Vaccination in the Punjab 1905-1918 - 1905-1918
Year: 1905
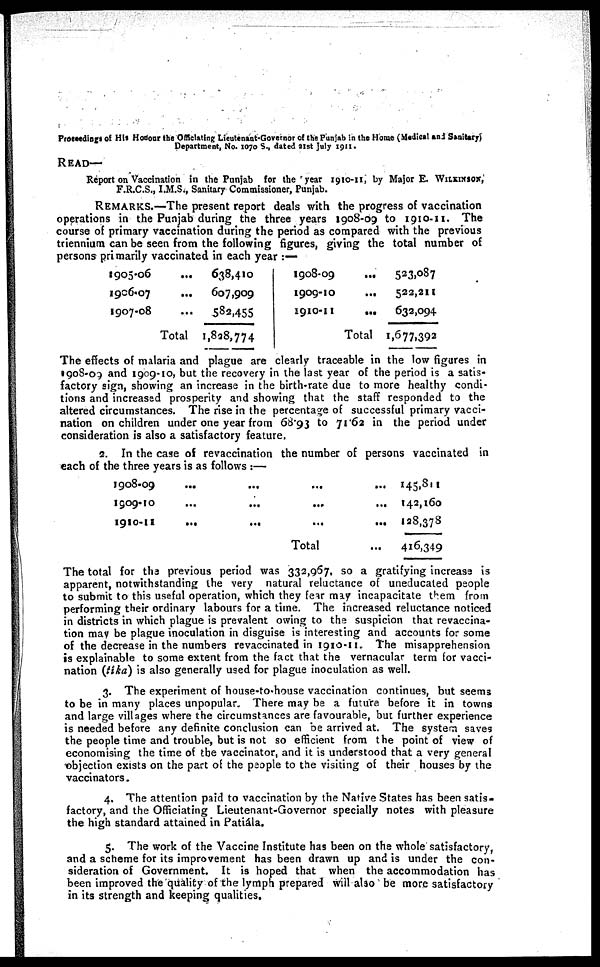
Proceedings of His Honour the Officiating Lieutenant-Governor of the Punjab in the Home (Medical and Sanitary)
Department, No. 1070 S., dated 21st July 1911.
READ—
Report on Vaccination in the Punjab for the year 1910-11, by Major E. WILKINSON,
F.R.C.S., I.M.S., Sanitary Commissioner, Punjab.
REMARKS.—The present report deals with the progress of vaccination
operations in the Punjab during the three years 1908-09 to 1910-11. The
course of primary vaccination during the period as compared with the previous
triennium can be seen from the following figures, giving the total number of
persons primarily vaccinated in each year :—
1905-06
...
1906-07 ...
1907-08 ...
Total
638,410
607,909
582,455
1,828,774
1908-09
...
1909-10
...
1910-11
...
Total
523,087
522,211
632,094
1,677,392
The effects of malaria and plague are clearly traceable in the low figures in
1 908-09 and 1909-10, but the recovery in the last year of the period is a satis-
factory sign, showing an increase in the birth-rate due to more healthy condi-
tions and increased prosperity and showing that the staff responded to the
altered circumstances. The rise in the percentage of successful primary vacci-
nation on children under one year from 68.93 to 71.62 in the period under
consideration is also a satisfactory feature.
2. In the case of revaccination the number of persons vaccinated in
each of the three years is as follows :—
1908-09
1909-10
1910-11
...
...
...
...
...
...
...
...
...
...
...
...
Total
...
145,811
142,160
128,378
416,349
The total for the previous period was 332,967, so a gratifying increase is
apparent, notwithstanding the very natural reluctance of uneducated people
to submit to this useful operation, which they fear may incapacitate them from
performing their ordinary labours for a time. The increased reluctance noticed
in districts in which plague is prevalent owing to the suspicion that revaccina-
tion may be plague inoculation in disguise is interesting and accounts for some
of the decrease in the numbers revaccinated in 1910-11. The misapprehension
is explainable to some extent from the fact that the vernacular term for vacci-
nation (tika) is also generally used for plague inoculation as well.
3. The experiment of house-to.house vaccination continues, but seems
to be in many places unpopular. There may be a future before it in towns
and large villages where the circumstances are favourable, but further experience
is needed before any definite conclusion can be arrived at. The system saves
the people time and trouble, but is not so efficient from the point of view of
economising the time of the vaccinator, and it is understood that a very general
objection exists on the part of the people to the visiting of their houses by the
vaccinators.
4. The attention paid to vaccination by the Native States has been satis-
factory, and the Officiating Lieutenant-Governor specially notes with pleasure
the high standard attained in Patiála.
5. The work of the Vaccine Institute has been on the whole satisfactory,
and a scheme for its improvement has been drawn up and is under the con-
sideration of Government. It is hoped that when the accommodation has
been improved the quality of the lymph prepared Will also be more satisfactory
in its strength and keeping qualities.